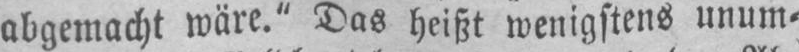
abgemacht wäre.“ Das heißt wenigstens unum⸗